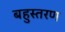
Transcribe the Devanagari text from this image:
बहुस्तरण